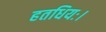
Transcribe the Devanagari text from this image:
हतधियः।